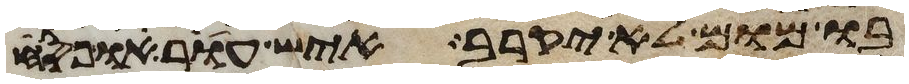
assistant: בו מום לא יקרב איש עור או פסח